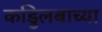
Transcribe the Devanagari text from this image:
कडुिलबाच्या